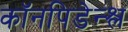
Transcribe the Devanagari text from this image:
कॉनपिडेन्श्ल